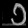
Digit: ၁